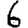
Digit: 6